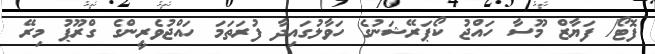
ފޮޓޯ/ ފަޔާޒް މޫސާ ހައްޖު ކޯޕަރޭޝަނުގެ ހަވާލުގައިދާ ފުރަތަމަ ހައްޖުވެރީންގެ ގްރޫޕު މިރޭ